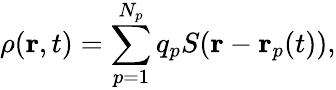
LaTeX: \rho(\mathbf{r},t)=\sum_{p=1}^{N_{p}}q_{p}S(\mathbf{r}-\mathbf{r}_{p}(t)),